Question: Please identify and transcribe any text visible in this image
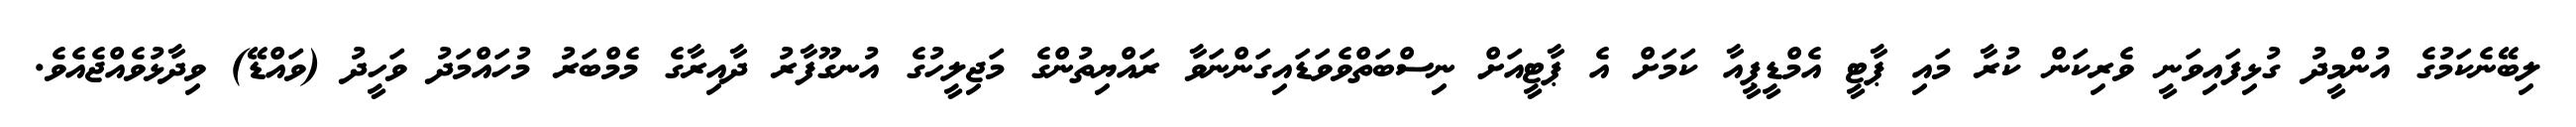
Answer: ލިބޭނެކަމުގެ އުންމީދު ގުޅިފައިވަނީ ވެރިކަން ކުރާ މައި ޕާޓީ އެމްޑީޕީއާ ކަމަށް އެ ޕާޓީއަށް ނިސްބަތްވެވަޑައިގަންނަވާ ރައްޔިތުންގެ މަޖިލީހުގެ އުނގޫފާރު ދާއިރާގެ މެމްބަރު މުހައްމަދު ވަހީދު (ވައްޑޭ) ވިދާޅުވެއްޖެއެވެ.